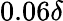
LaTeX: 0.06\delta